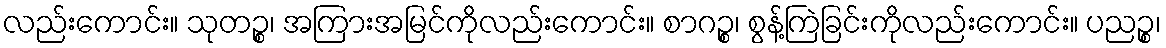
လည်းကောင်း။ သုတဉ္စ၊ အကြားအမြင်ကိုလည်းကောင်း။ စာဂဉ္စ၊ စွန့်ကြဲခြင်းကိုလည်းကောင်း။ ပညဉ္စ၊